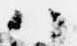
ハ